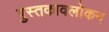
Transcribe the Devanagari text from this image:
पुस्तकावलोकन